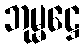
ဘုမ္မဋ္ဌေ